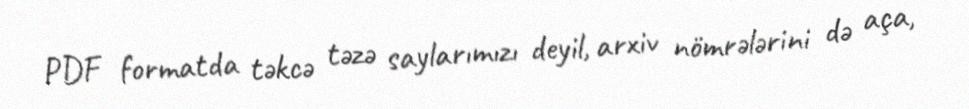
PDF formatda təkcə təzə saylarımızı deyil, arxiv nömrələrini də aça,